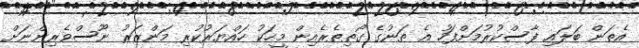
އެތަން ބަލައި ފާސްކުރުމަށްފަހު އެ ތަނުގެ ގޯތިތެރެއިން މީހަކު ހައްޔަރުކުރި މަންޒަރު ނޫސްވެރިންނަށް